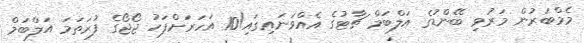
މެމްބަރުން މަރުވި ބޭންޑުގެ އަލްބަމް ޗާޓުގެ އެއްވަނައިގައި!10 އަަަހަރަށްފަހު ޖޯޖޯގެ ފުރަތަމަ އަލްބަމް